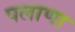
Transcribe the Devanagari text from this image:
पलाणा